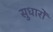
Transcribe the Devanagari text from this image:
सुधारोँ